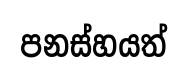
පනස්හයත්